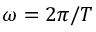
\omega = 2 \pi / T